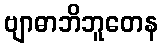
ဗျာဓာဘိဘူတေန